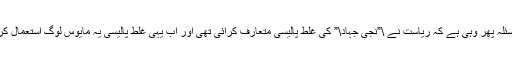
بنیادی مسئلہ پھر وہی ہے کہ ریاست نے \”نجی جہاد\” کی غلط پالیسی متعارف کرائی تھی اور اب یہی غلط پالیسی یہ مایوس لوگ استعمال کرتے ہیں۔